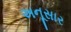
અનૂસાર